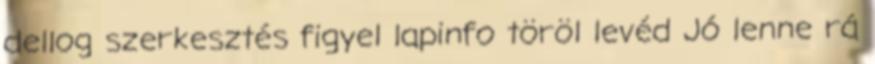
dellog szerkesztés figyel lapinfo töröl levéd Jó lenne rá